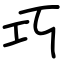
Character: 巧